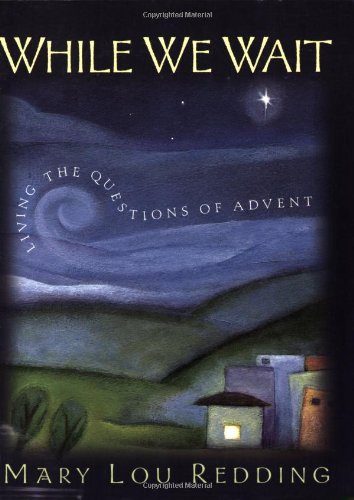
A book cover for While We Wait: Living the Questions of Advent; Mary Lou Redding; Christian Books & Bibles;